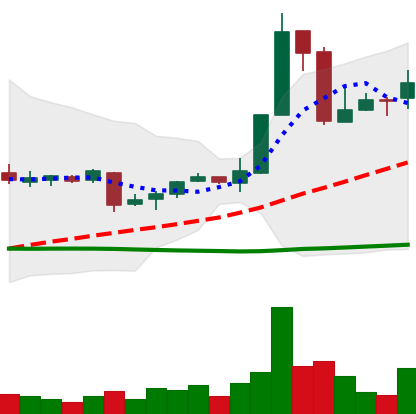
Ticker: XRP-USD
Chart end date: 2018-11-12
Forward return: -4.933%
Label: down_3_5